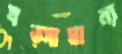
যত্সামান্য